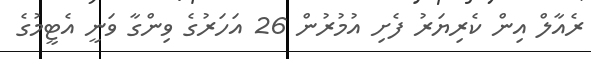
ރެއާލް އިން ކެރިޔަރު ފެށި އުމުރުން 26 އަހަރުގެ ވިންގާ ވަނީ އެޓީމުގެ